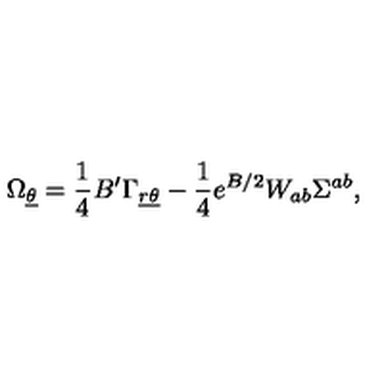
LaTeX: \nonumber \Omega _ { \underline { \theta } } = { \frac { 1 } { 4 } } B ^ { \prime } \Gamma _ { { \underline { r } } \underline { \theta } } - { \frac { 1 } { 4 } } e ^ { B / 2 } W _ { a b } \Sigma ^ { a b } ,